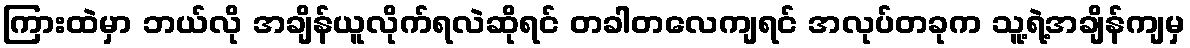
ကြားထဲမှာ ဘယ်လို အချိန်ယူလိုက်ရလဲဆိုရင် တခါတလေကျရင် အလုပ်တခုက သူ့ရဲ့အချိန်ကျမှ